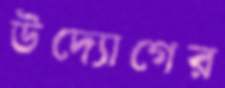
উদ্যোগের